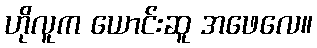
ဟိုလူက ယောင်းဆူ အဖေလေ။